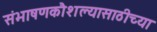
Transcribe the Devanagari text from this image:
संभाषणकौशल्यासाठीच्या